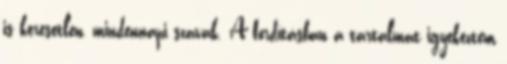
is keresetlen, mindennapi szavak. A fordításban a tartalmat igyekeztem